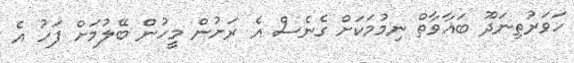
ހަވަރުތިނަދޫ ބަޣާވާތް ނިމުމަކަށް ގެނެސް އެ ރަށުން މީހުން ބޭލުމަށް ފަހު އެ